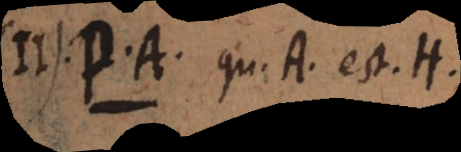
I. P.A. qu. A est H